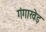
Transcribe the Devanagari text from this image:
गंगाखेड़